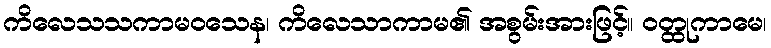
ကိလေသသကာမဝသေန၊ ကိလေသာကာမ၏ အစွမ်းအားဖြင့်။ ဝတ္ထုကာမေ၊